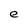
Character: e